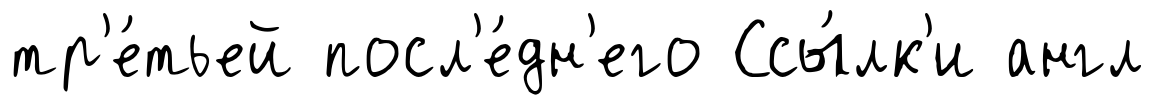
тр'е́тьей посл'е́дн'его Ссы́лк'и англ